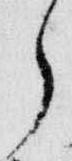
了